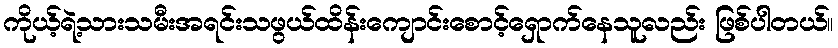
ကိုယ့်ရဲ့သားသမီးအရင်းသဖွယ်ထိန်းကျောင်းစောင့်ရှောက်နေသူလည်း ဖြစ်ပါတယ်။